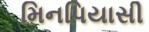
મિનપિયાસી